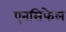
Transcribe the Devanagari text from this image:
एनसिफेल